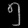
Digit: ၅